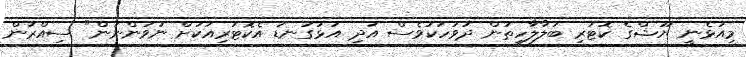
މިއުޅެނީ ޔޫޝްގެ ކޮޓަރި ބަލާލާހިތުން ދުވަހަކުވެސް އަދި އަޅުގަނޑު އެކޮޓަރިއަކަށް ނުވަންނަން" ސިއްރުން